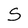
Character: S